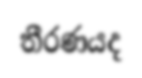
තීරණයද